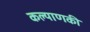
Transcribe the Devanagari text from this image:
कल्याणकी